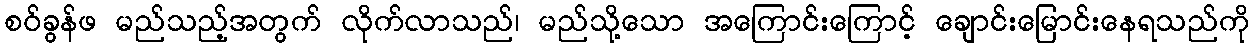
စဝ်ခွန်ဖ မည်သည့်အတွက် လိုက်လာသည်၊ မည်သို့သော အကြောင်းကြောင့် ချောင်းမြောင်းနေရသည်ကို